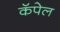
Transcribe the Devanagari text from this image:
कॅपेल